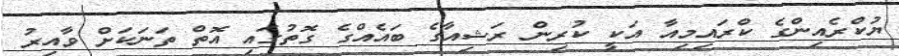
ޔުކްރެއިންގެ ކްރައިމިއާ އަކީ ކުރިން ރަޝިއާގެ ބައެއްގެ ގޮތުގައި އޮތް ތަނަކަށް ވާއިރު